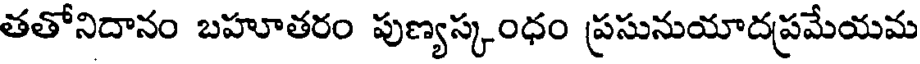
తతోనిదానం బహూతరం పుణ్యస్కంధం ప్రసునుయాదప్రమేయమ